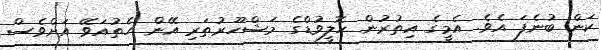
ކަން ބުނެފަ އެވެ. އެމީގެ އިތުރުން ހޮލީވުޑްގެ މަޝްހޫރުތަރި އޭން ހެތުއަވޭ އަށްވެސް